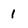
Character: I